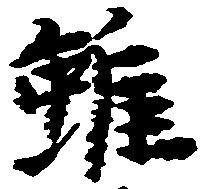
雖